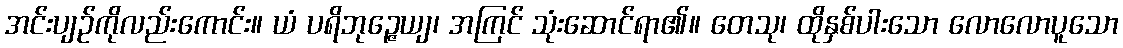
အင်းပျဉ်ကိုလည်းကောင်း။ ယံ ပရိဘုဉ္ဇေယျ၊ အကြင် သုံးဆောင်ရာ၏။ တေသု၊ ထိုနှစ်ပါးသော လောလောပူသော